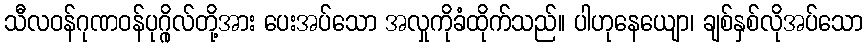
သီလဝန်ဂုဏဝန်ပုဂ္ဂိုလ်တို့အား ပေးအပ်သော အလှုကိုခံထိုက်သည်။ ပါဟုနေယျော၊ ချစ်နှစ်လိုအပ်သော